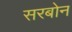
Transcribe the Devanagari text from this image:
सरबोन